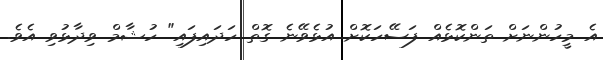
އެ މީހުންނަށް ތަންކޮޅެއް ފަސޭހަކޮށް އުޅެވޭނެ ގޮތް ހަދައިފައި" ހުޝާމް ވިދާޅުވި އެވެ.